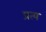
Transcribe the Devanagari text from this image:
प्रत्य